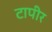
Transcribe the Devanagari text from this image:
टापीर